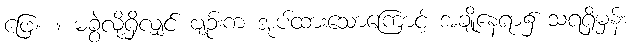
ဖြေ။ ။ မခွဲလို့ရှိလျှင် ဗျဉ်းက အုပ်ထားသောကြောင့် အချို့နေရာ၌ သရရှိမှန်း